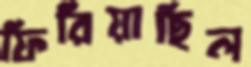
ফিরিয়াছিল